DOW-UAP-D10, Mission Report, Middle East, May 2022
Agency: Department of War
Incident date: 5/6/22
Incident location: Iraq
Page 3
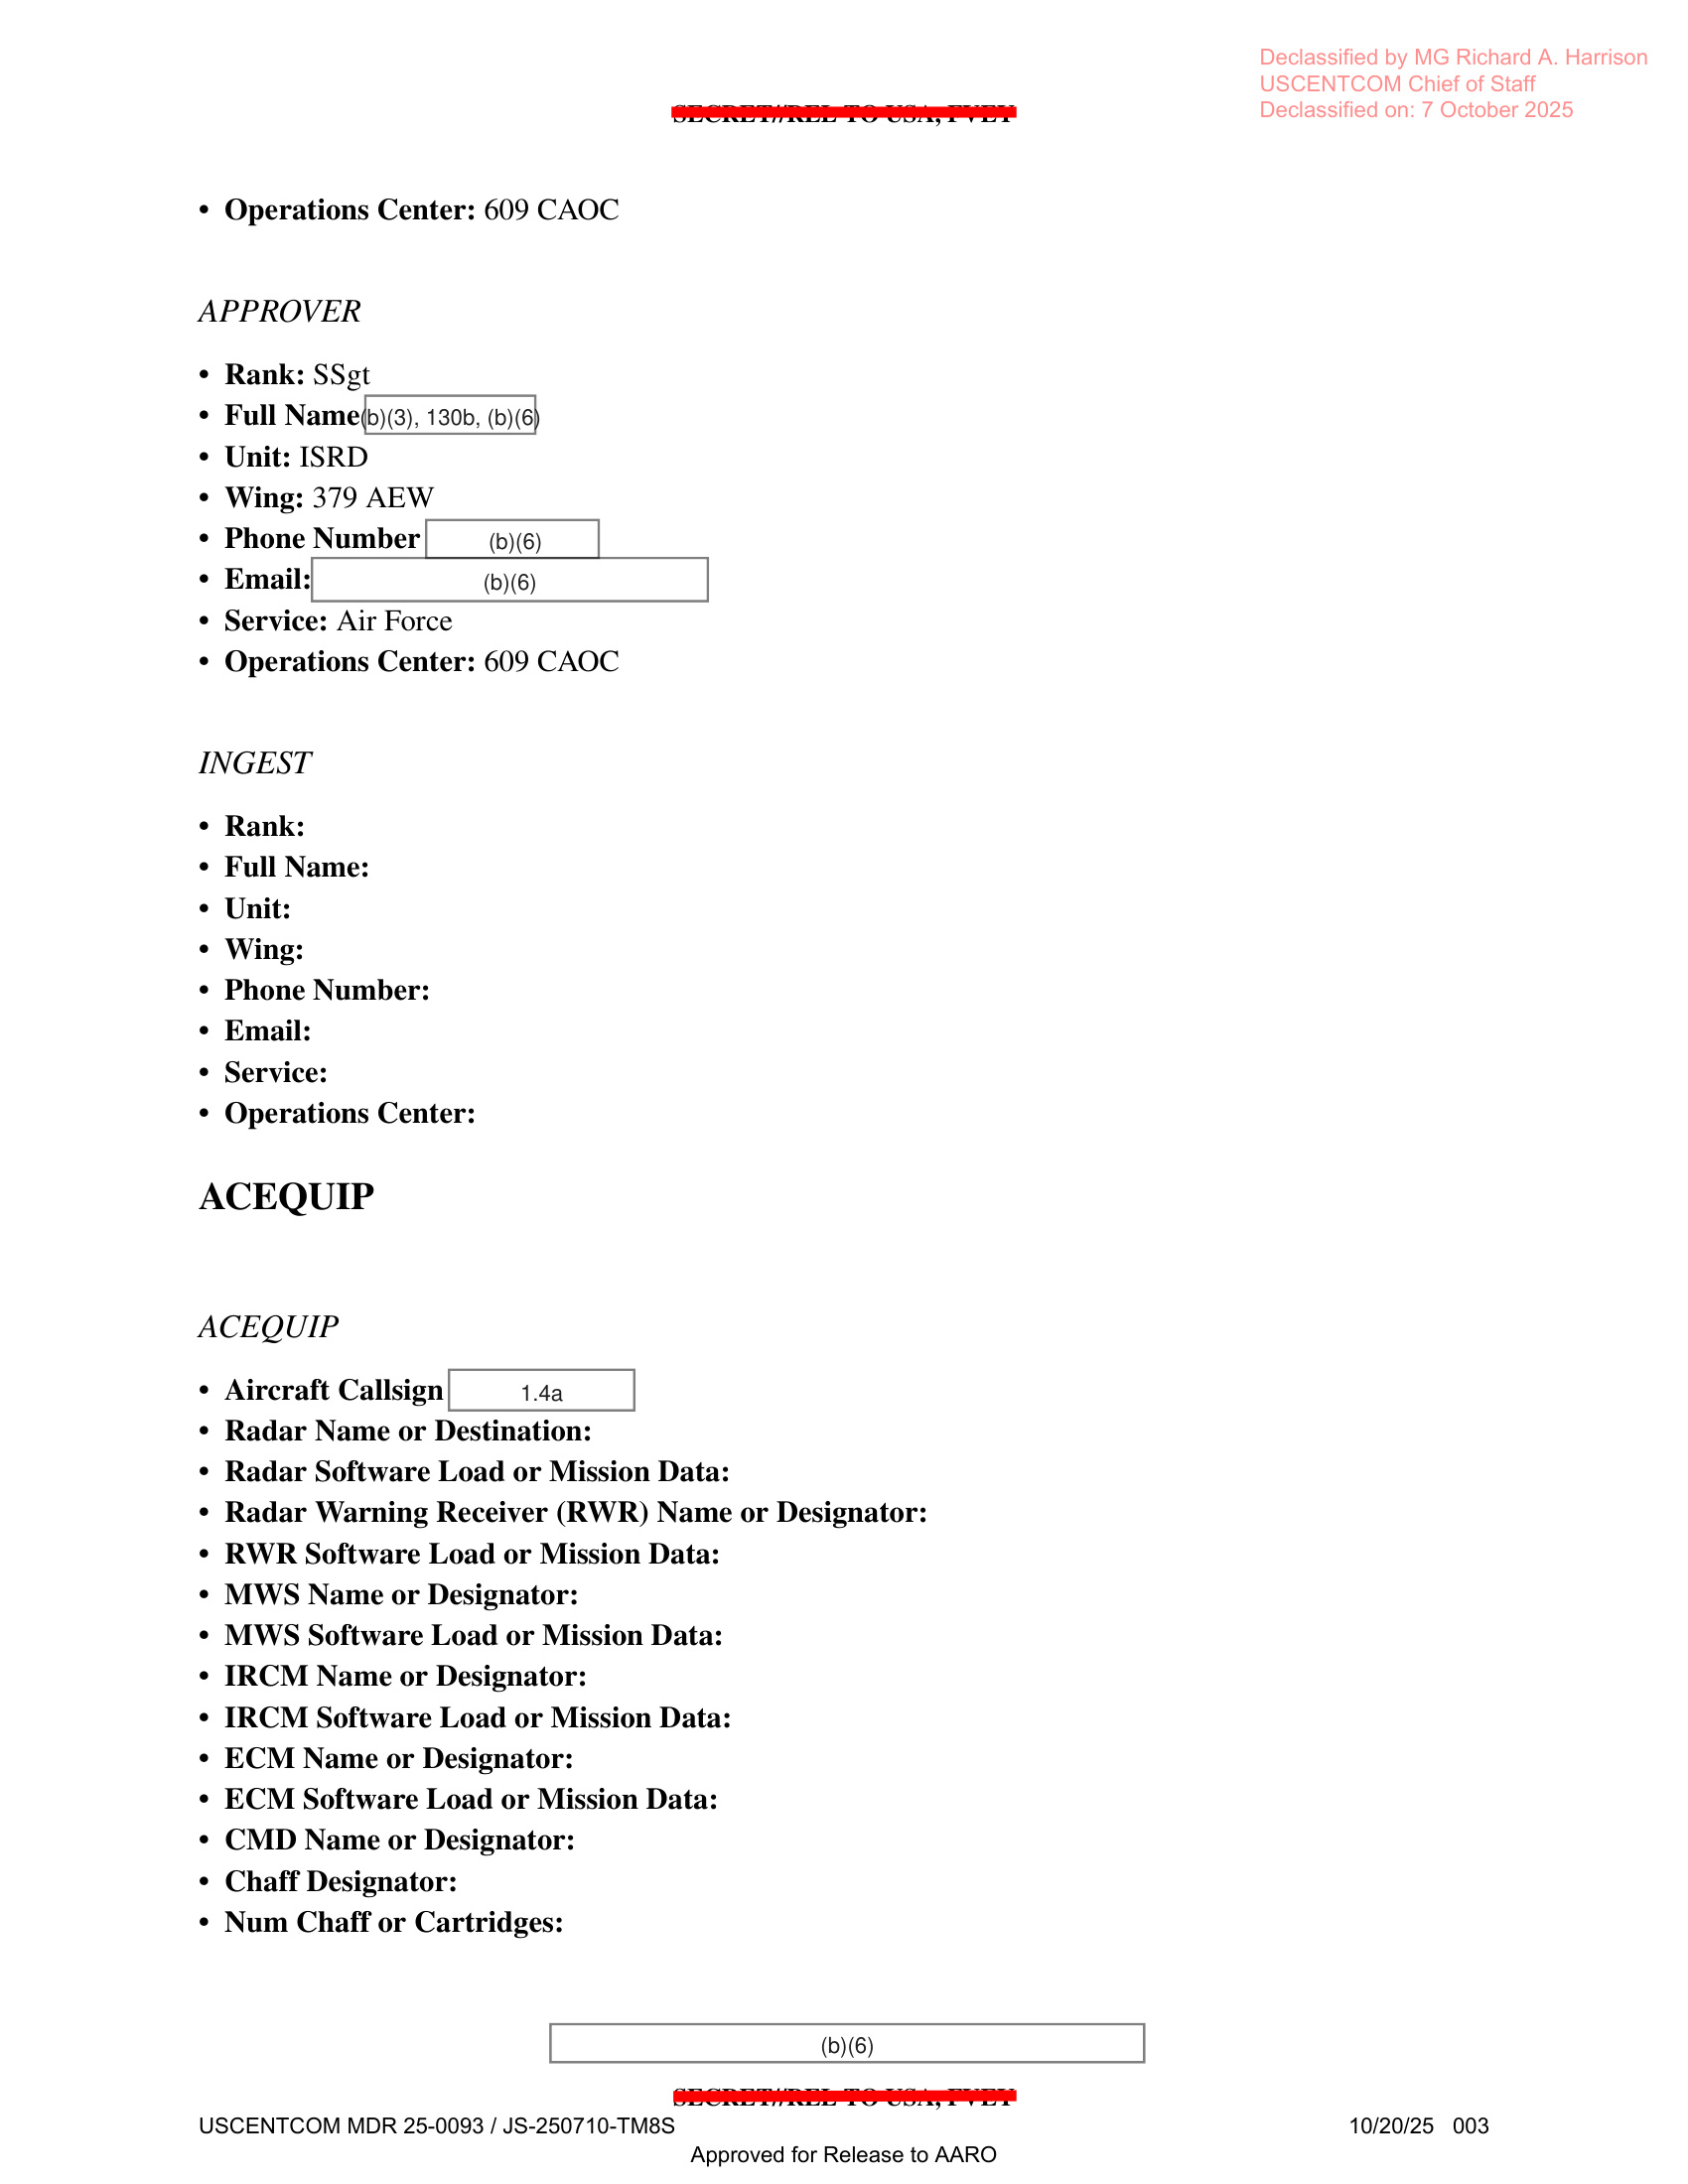